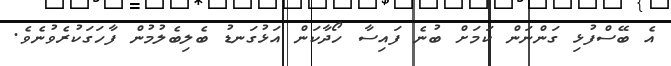
އެ ބޭސްފުޅި ގަންނަން ކަމަށް ބުނެ ފައިސާ ހޯދާކަން އަޅުގަނޑު ބެލިބެލުމުން ފާހަގަކުރެވުނެވެ.